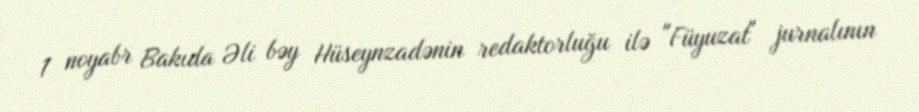
1 noyabr Bakıda Əli bəy Hüseynzadənin redaktorluğu ilə "Füyuzat" jurnalının